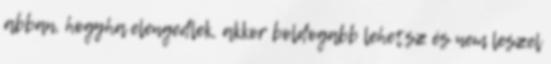
abban, hogyha elengedlek, akkor boldogabb lehetsz és nem leszel